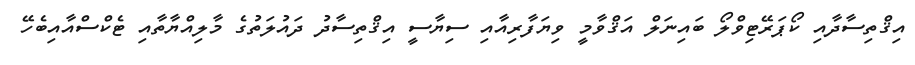
އިޤްތިސާދާއި ކޯޕަރޭޓިވްލޯ ބައިނަލް އަޤްވާމީ ވިޔަފާރިއާއި ސިޔާސީ އިޤްތިސާދު ދައުލަތުގެ މާލިއްޔާތާއި ޓެކްސްއާއިބެހޭ